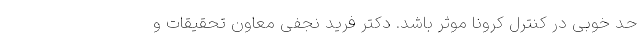
حد خوبی در کنترل کرونا موثر باشد. دکتر فرید نجفی معاون تحقیقات و